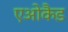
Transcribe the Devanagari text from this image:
एओकैड